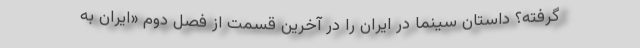
گرفته؟ داستان سینما در ایران را در آخرین قسمت از فصل دوم «ایران به